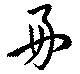
好